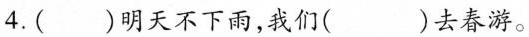
4.()明天不下雨，我们()去春游。